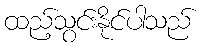
ထည့်သွင်းနိုင်ပါသည်